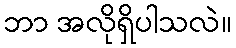
ဘာ အလိုရှိပါသလဲ။